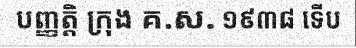
បញ្ញត្តិ ក្រុង គ.ស. ១៩៣៨ ទើប